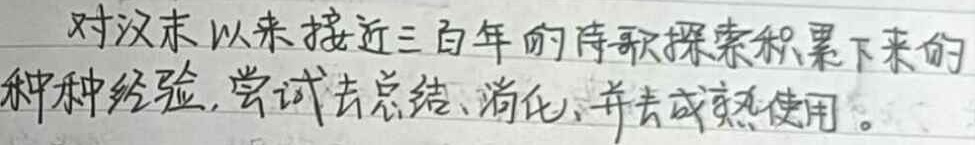
对汉末以来接近三百年的诗歌探索积累下来的种种经验，尝试去总结、消化，并去成熟使用。